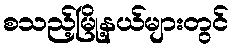
စသည့်မြို့နယ်များတွင်